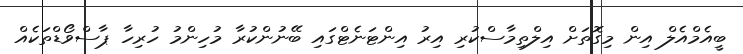
ބީއެމްއެލް އިން މިގޮތަށް އިލްތިމާސްކުރި އިރު އިންޓަނެޓްގައި ބޭނުންކުރާ މުހިންމު ހުރިހާ ޕާސްވޯޑްތަކެއް